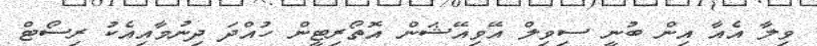
ވިލާ އެއާ އިން ބުނީ ސިވިލް އޭވިއޭޝަން އޮތޯރިޓީން ހުއްދަ ދިނުމާއިއެކު ރިސޯޓް